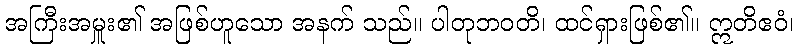
အကြီးအမှူး၏ အဖြစ်ဟူသော အနက် သည်။ ပါတုဘဝတိ၊ ထင်ရှားဖြစ်၏။ ဣတိဧဝံ၊